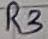
Text: R3